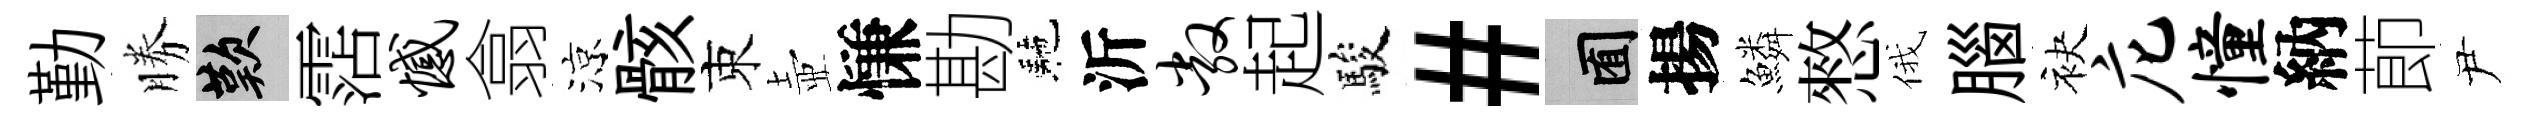
勤勝嘆霑憾翕涼骸束壺慊勘駰沂敞起駿#囿揚鱗憗俄腦袂庀憧納莭尹